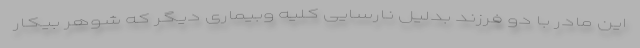
این مادر با دو فرزند بدلیل نارسایی کلیه وبیماری دیگر که شوهر بیکار